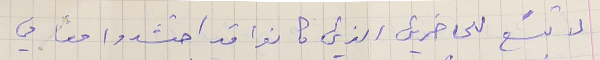
لا تسَع للحاضرين الذي كانوا قد احتشدوا معاً في